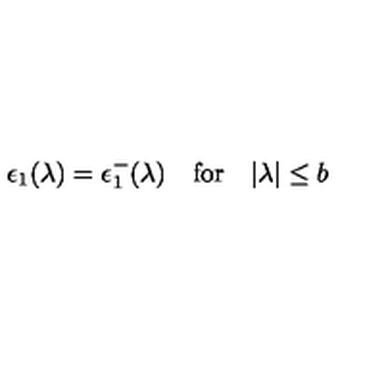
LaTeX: \epsilon _ { 1 } ( \lambda ) = \epsilon _ { 1 } ^ { - } ( \lambda ) \quad \mathrm { f o r } \quad | \lambda | \leq b